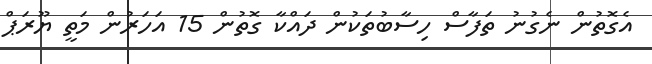
އެގޮތުން ނެގުނު ތަފާސް ހިސާބުތަކުން ދައްކާ ގޮތުން 15 އަހަރުން މަތީ ޔޫރަޕް